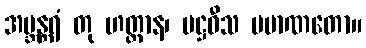
အဗ္ဘန္တရံ တု ဟတ္ထာန၊ မဋ္ဌဝီသ ပမာဏတော။